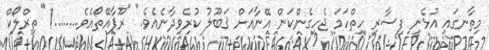
މިތާނގައި އުޅެނީ ފިސާރި ހިތްހަމަ ޖެހިގެންކަން އޭނާއަށް ޤަބޫލު ކުރެވިދާނެއެވެ." "ރޫޕާއޭތޯއެވެ........!" ތިރްލޯކް